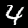
Label: 4